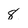
Character: 8